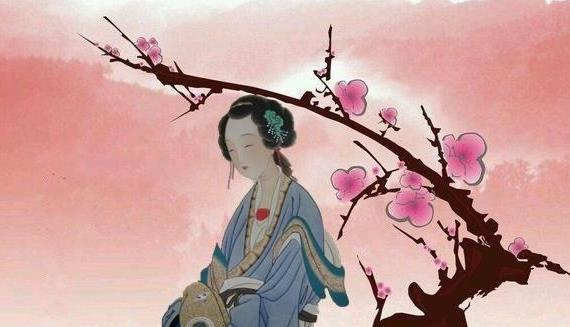
孤芳一世，供断有情愁，消瘦损，东阳也，试问花知否？